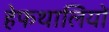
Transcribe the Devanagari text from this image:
हेफथालियों